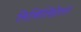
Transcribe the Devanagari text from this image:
सिव्हिलिझेशन